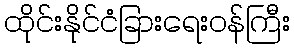
ထိုင်းနိုင်ငံခြားရေးဝန်ကြီး